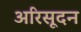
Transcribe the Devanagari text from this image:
अरिसूदन